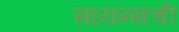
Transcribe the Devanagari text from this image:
सायन्सची